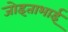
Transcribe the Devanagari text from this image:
जोइताभाई